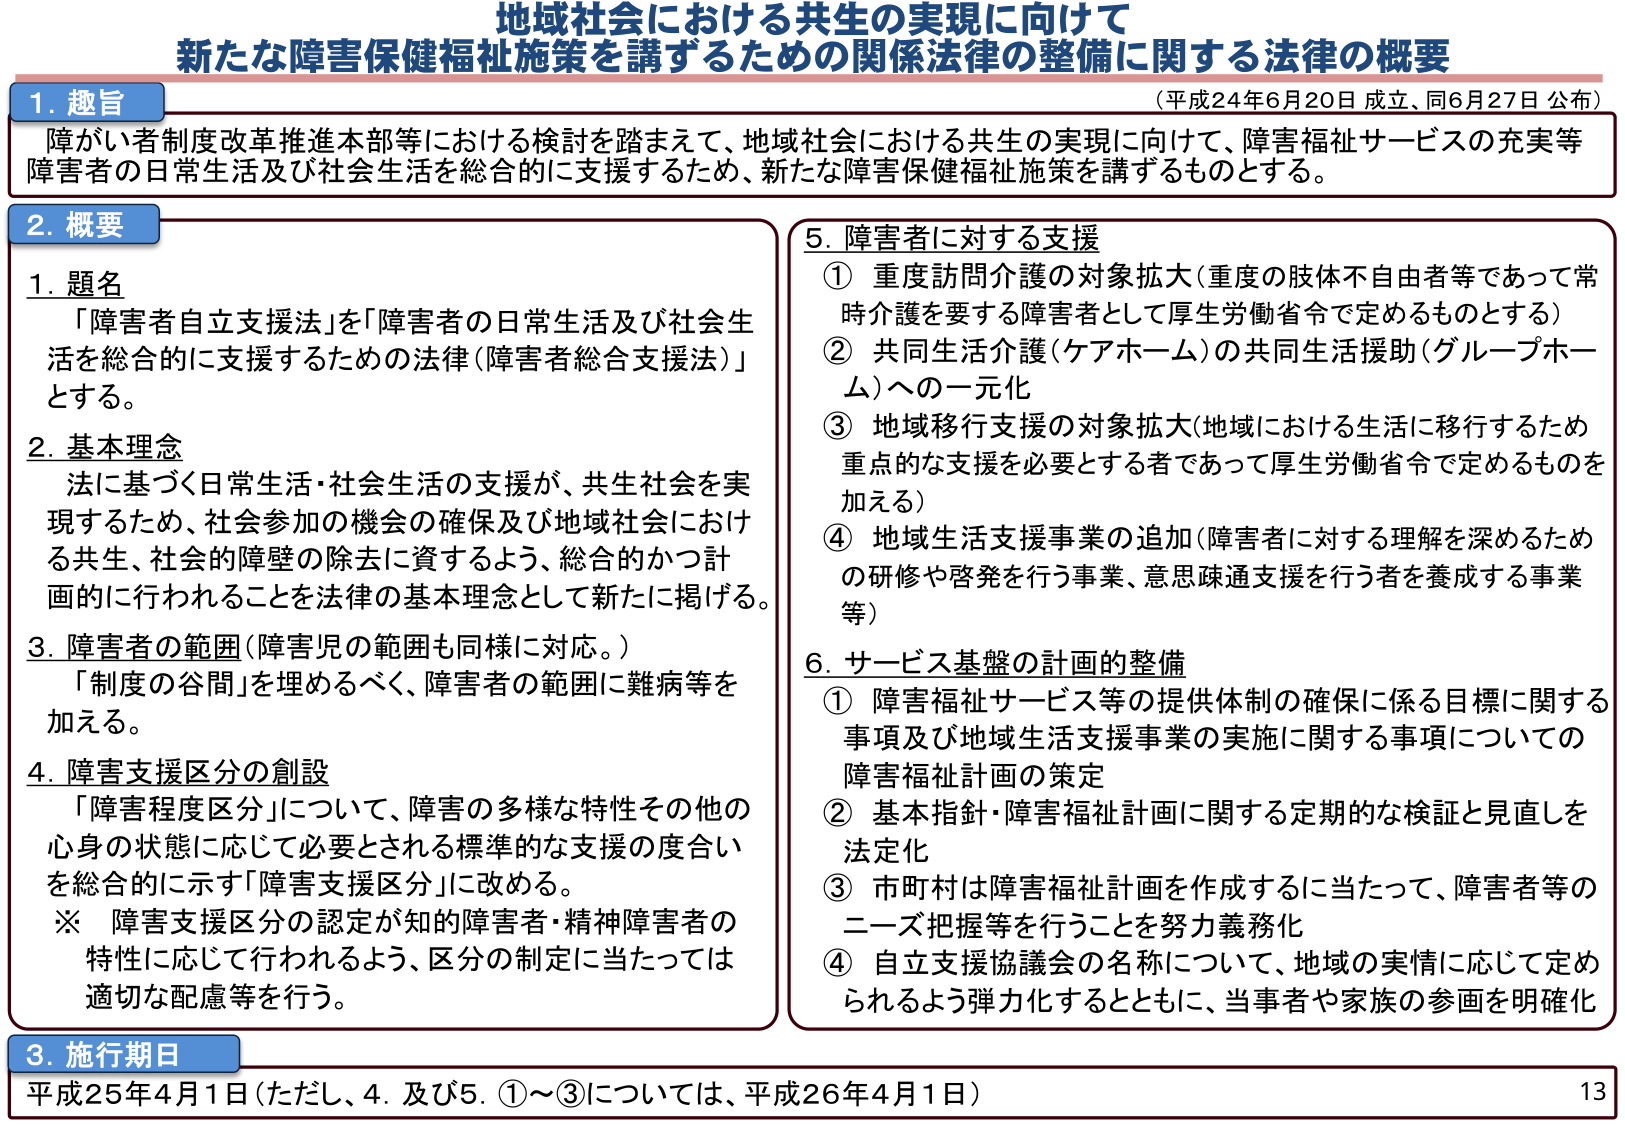
地域社会における共生の実現に向けて
新たな障害保健福祉施策を講ずるための関係法律の整備に関する法律の概要
（平成24年6月20日 成立、同6月27日 公布）

1. 趣旨
障がい者制度改革推進本部等における検討を踏まえて、地域社会における共生の実現に向けて、障害福祉サービスの充実等障害者の日常生活及び社会生活を総合的に支援するため、新たな障害保健福祉施策を講ずるものとする。

2. 概要
1. 題名
「障害者自立支援法」を「障害者の日常生活及び社会生活を総合的に支援するための法律（障害者総合支援法）」とする。

2. 基本理念
法に基づく日常生活・社会生活の支援が、共生社会を実現するため、社会参加の機会の確保及び地域社会における共生、社会的障壁の除去に資するよう、総合的かつ計画的に行われることを法律の基本理念として新たに掲げる。

3. 障害者の範囲（障害児の範囲も同様に対応。）
「制度の谷間」を埋めるべく、障害者の範囲に難病等を加える。

4. 障害支援区分の創設
「障害程度区分」について、障害の多様な特性その他の心身の状態に応じて必要とされる標準的な支援の度合いを総合的に示す「障害支援区分」に改める。
※ 障害支援区分の認定が知的障害者・精神障害者の特性に応じて行われるよう、区分の制定に当たっては適切な配慮等を行う。

5. 障害者に対する支援
① 重度訪問介護の対象拡大（重度の肢体不自由者等であって常時介護を要する障害者として厚生労働省令で定めるものとする）
② 共同生活介護（ケアホーム）の共同生活援助（グループホーム）への一元化
③ 地域移行支援の対象拡大（地域における生活に移行するため重点的な支援を必要とする者であって厚生労働省令で定めるものを加える）
④ 地域生活支援事業の追加（障害者に対する理解を深めるための研修や啓発を行う事業、意思疎通支援を行う者を養成する事業等）

6. サービス基盤の計画的整備
① 障害福祉サービス等の提供体制の確保に係る目標に関する事項及び地域生活支援事業の実施に関する事項についての障害福祉計画の策定
② 基本指針・障害福祉計画に関する定期的な検証と見直しを法定化
③ 市町村は障害福祉計画を作成するに当たって、障害者等のニーズ把握等を行うことを努力義務化
④ 自立支援協議会の名称について、地域の実情に応じて定められるよう弾力化するとともに、当事者や家族の参画を明確化

3. 施行期日
平成25年4月1日（ただし、4. 及び5. ①～③については、平成26年4月1日）

13